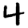
Digit: 4